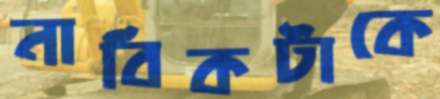
নাবিকটাকে